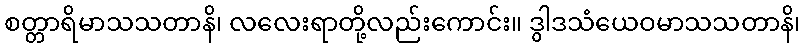
စတ္တာရိမာသသတာနိ၊ လလေးရာတို့လည်းကောင်း။ ဒွါဒသံယေဝမာသသတာနိ၊